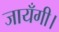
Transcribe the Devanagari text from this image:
जायँगी।